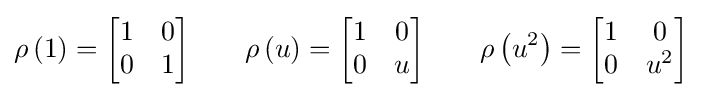
\rho \left(1\right)={\begin{bmatrix}1&0\\0&1\\\end{bmatrix}}\qquad \rho \left(u\right)={\begin{bmatrix}1&0\\0&u\\\end{bmatrix}}\qquad \rho \left(u^{2}\right)={\begin{bmatrix}1&0\\0&u^{2}\\\end{bmatrix}}